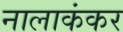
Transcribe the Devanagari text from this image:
नालाकंकर